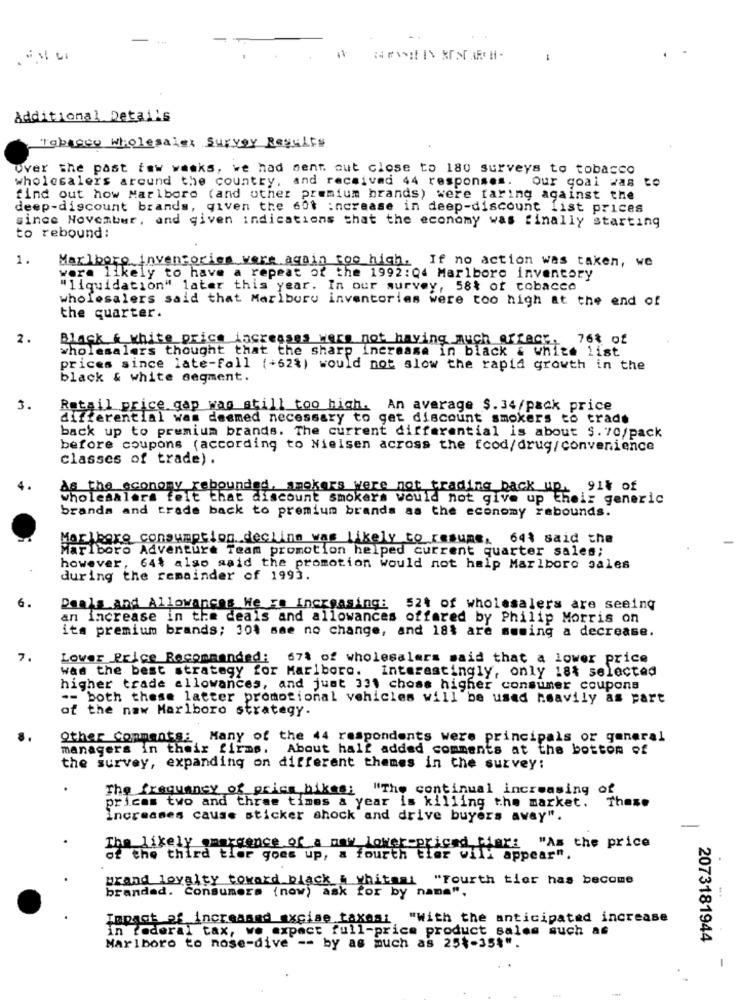
-
Additional Details
Tobacco Wholesalex Survey Results
over the past few weeks, we had sent out close to 180 surveys to tobacco
wholesalers around the country, and received 44 responses. Our goal was te
find out how Marlboro (and other premium brands) were faring against the
deep-discount brands, given the 6ot increase in deep-discount list prices
since November, and given indications that the economy was finally starting
to rebound:
1.
Marlboro inventories were again too high. If no action was taken, we
were likely to have a repeat of the 1992:04 Marlboro inventory
"liquidation" later this year. In our survey, 58% of tobacco
wholesalers said that Mariboru inventories were too high at the end of
the quarter.
2.
Black & white price increases were not having much affect, 76% of
wholesalers thought that the sharp increase in black & white list
prices since late-fall (+62%) would not slow the rapid growth in the
black & white segment.
3.
Retail price gap was still too high. An average $.34/pack price
differential was deemed necessary to get discount smokers to trade
back up to premium brands. The current differential is about $. 70/pack
before coupons (according to Nielsen across the food/drug/ convenience
Classes of trade) .
As the economy rebounded, smokers were not trading back up, 91% of
wholesalers felt that discount smokers would not give up their generic
brands and trade back to premium brands as the economy rebounds.
Marlboro consumption decline was likely to resume, 64% said the
Marlboro Adventure Team promotion helped current quarter sales;
however, 64$ also said the promotion would not help Marlboro sales
during the remainder of 1993.
Deals and Allowances We re Increasing: 52% of wholesalers are seeing
an increase in the deals and allowances offered by Philip Morris on
ita premium brands; 301 sae no change, and 18% are suming a decrease.
Lower Price Recommanded: 67% of wholesalers said that a lower price
was the best strategy for Marlboro. Interestingly, only 18% selected
higher trade allowances, and just 331 chose higher consumer coupons
-- both these latter promotional vehicles will be used heavily as part
of the naw Marlboro strategy.
Other Comments: Many of the 44 respondents were principals or general
managers in their firms. About half added comments at the bottom of
the survey, expanding on different themes in the survey:
The frequency of price hikes: "The continual increasing of
prices two and three times a year is killing the market. These
increases cause sticker shock and drive buyers away".
The likely emergence of a maw lower priced,fieri "As the price
of the third tier goes up, a fourth tier will appear"
grand loyalty toward black & whiteal "Fourth tier has become
branded. Consumers (now) ask for by name",
Impact af increased excise taxes: "With the anticipated increase
in federal tax, we expect full-price product sales such as
2073181944
Marlboro to nose-dive -- by as much as 25%-35%".